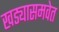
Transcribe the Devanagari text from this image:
खड्यासमवेत